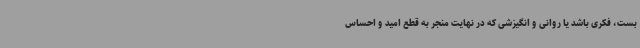
بست، فکری باشد یا روانی و انگیزشی که در نهایت منجر به قطع امید و احساس